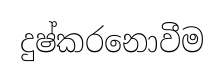
දුෂ්කරනොවීම